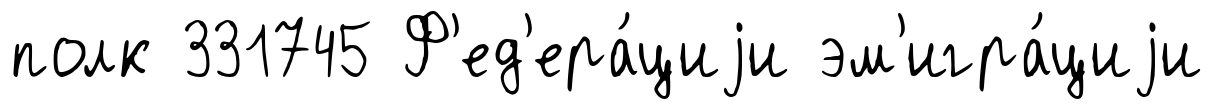
полк 331745 Ф'ед'ера́циjи эм'игра́циjи